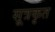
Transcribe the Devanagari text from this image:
सूत्रकृत